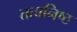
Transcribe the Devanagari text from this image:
तत्वनिष्ठ